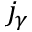
j _ { \gamma }